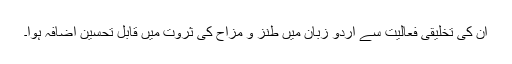
ان کی تخلیقی فعالیت سے اردو زبان میں طنز و مزاح کی ثروت میں قابل تحسین اضافہ ہوا۔